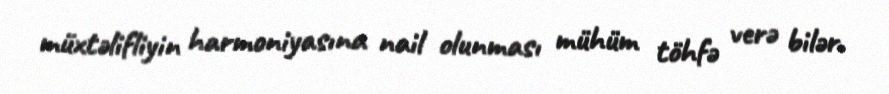
müxtəlifliyin harmoniyasına nail olunması mühüm töhfə verə bilər.